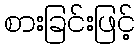
စားခြင်းဖြင့်